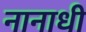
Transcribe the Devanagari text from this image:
नानाधी